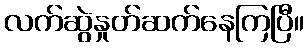
လက်ဆွဲနှုတ်ဆက်နေကြပြီ။